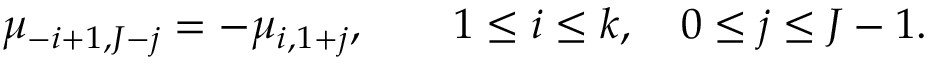
\mu _ { - i + 1 , J - j } = - \mu _ { i , 1 + j } , \qquad 1 \leq i \leq k , \quad 0 \leq j \leq J - 1 .